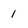
Character: 1